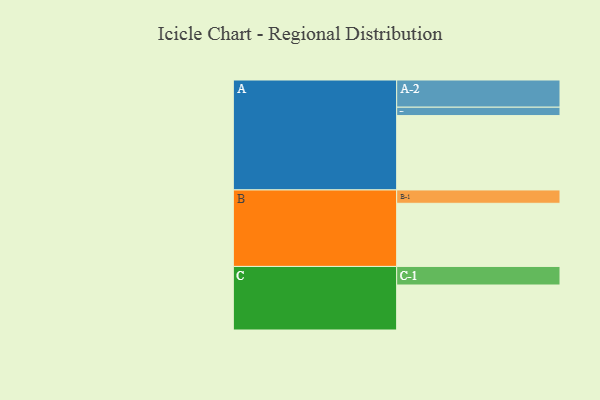
{"axis": {"x": "Segment", "y": "Value"}, "legend": ["", "A", "B", "C"], "data": [{"x": "A", "y": 585, "type": ""}, {"x": "B", "y": 497, "type": ""}, {"x": "C", "y": 354, "type": ""}, {"x": "A-1", "y": 66, "type": "A"}, {"x": "A-2", "y": 214, "type": "A"}, {"x": "B-1", "y": 105, "type": "B"}, {"x": "C-1", "y": 146, "type": "C"}]}